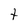
Character: t